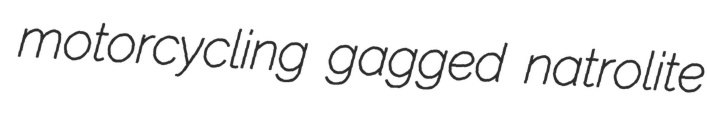
motorcycling gagged natrolite